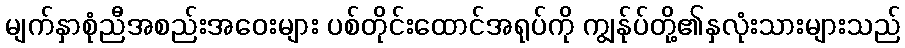
မျက်နှာစုံညီအစည်းအဝေးများ ပစ်တိုင်းထောင်အရုပ်ကို ကျွန်ုပ်တို့၏နှလုံးသားများသည်